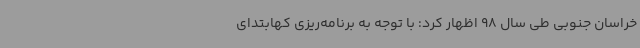
خراسان جنوبی طی سال 98 اظهار کرد: با توجه به برنامه‌ریزی کهابتدای